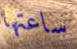
ساعتها